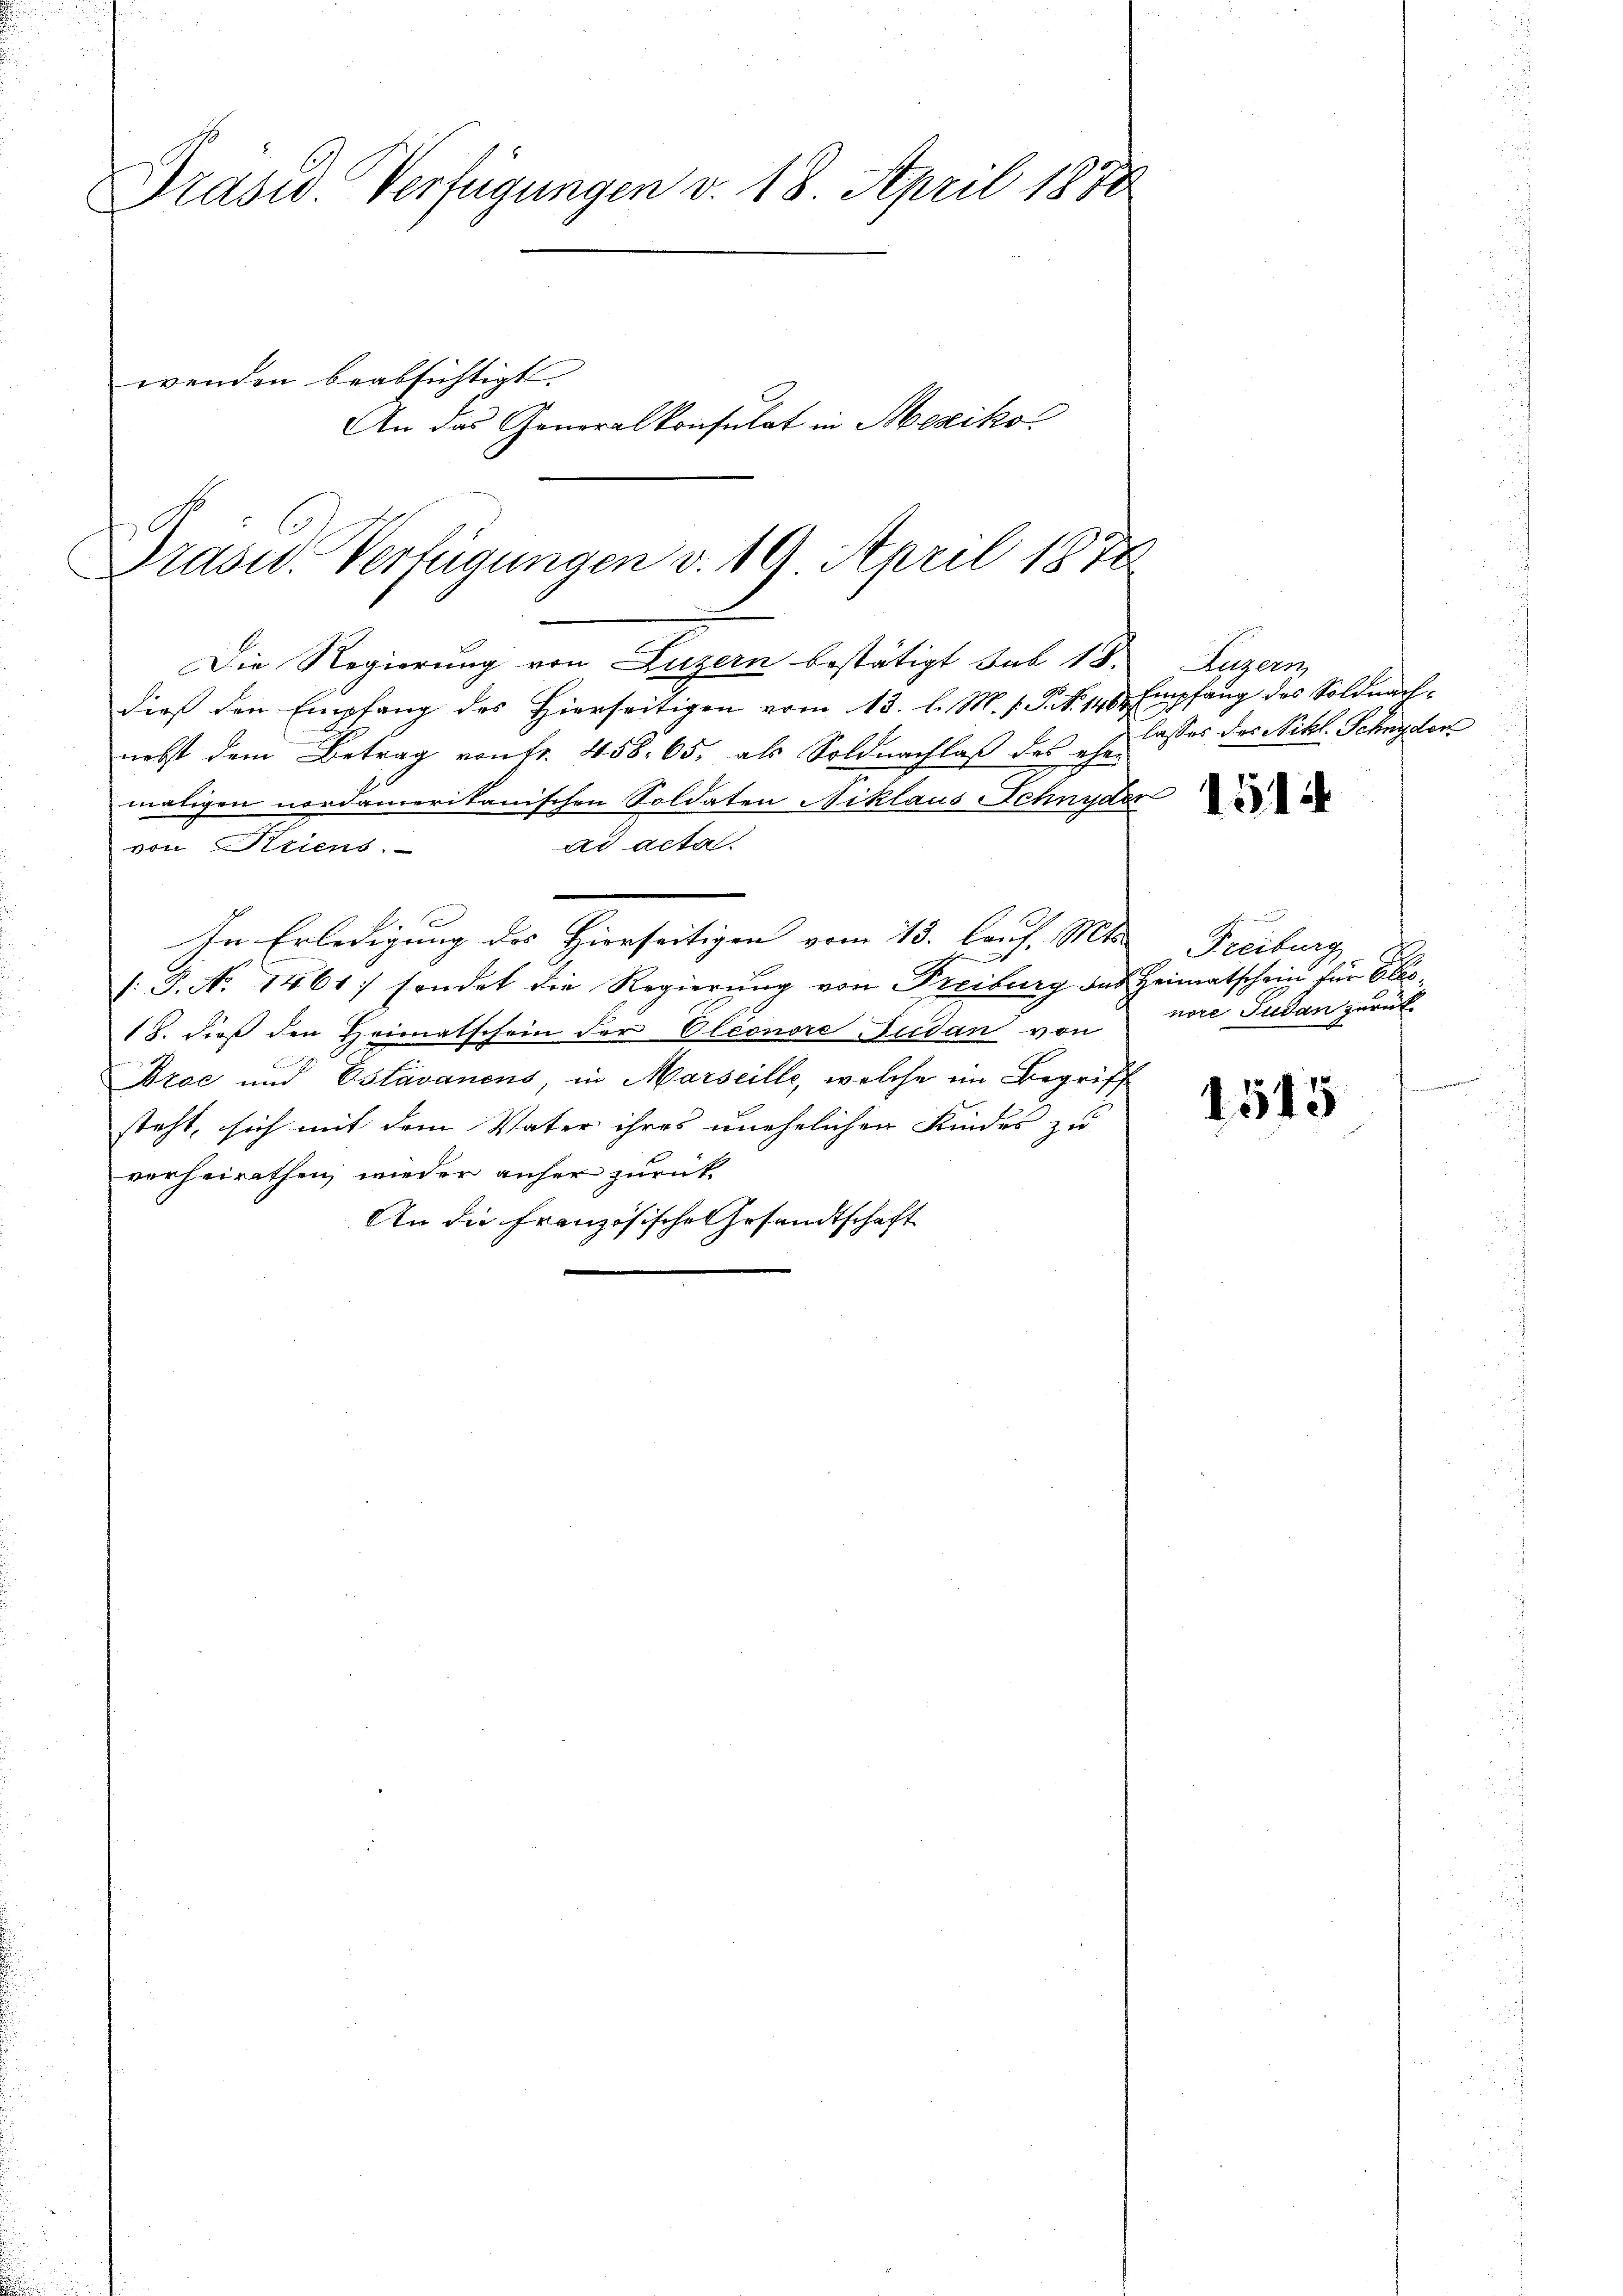
Präsid. Verfügungen v. 18. April 1888
wenden beabsichtigt.
An das Generalkonsulat in Mexiko

Präsid. Verfügungen v. 10. April 1878

Die Regierung von Luzern bestätigt sub 18.
dieß den Empfang des Hierseitigen vom 13. l. M. h. T. S. 140. Empfang des Soldnachnebst dem Betrag von fr. 458. 65, als Soldnachlaß des eher
maligen nordamerikanischen Soldaten Niklaus Schnyder De
ad acta.

/: P. No 1461) sondet die Regierung von Freiburg das Heimatschein für Obe
18. dieß den Heimatschein der Eleonore Audan von
Drec und Estavanens, in Marseille, welche im Begriff
steht, sich mit dem Vater ihres unehelichen Kindes zu
vorheirathen, wieder anher zurück
An die Französische Gesandtschaft

von Kriens

In Erledigung des Hierseitigen vom 13. lauf. Mts.

Luzern,
lasses des Nittl. Schnyder

Freiburg
nore Judan zurück

1515